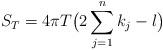
LaTeX: \begin{align*}S_T = 4\pi T\bigl(2\sum_{j=1}^n k_j -l \bigr)\end{align*}